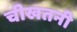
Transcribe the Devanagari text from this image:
चीखतनी